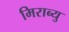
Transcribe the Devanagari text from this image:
मिराब्यु